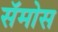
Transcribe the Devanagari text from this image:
सॅमोस